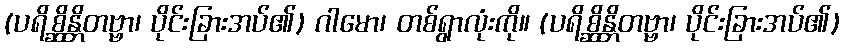
(ပရိစ္ဆိန္တိတဗ္ဗာ၊ ပိုင်းခြားအပ်၏) ဂါမော၊ တစ်ရွာလုံးကို။ (ပရိစ္ဆိန္တိတဗ္ဗာ၊ ပိုင်းခြားအပ်၏)